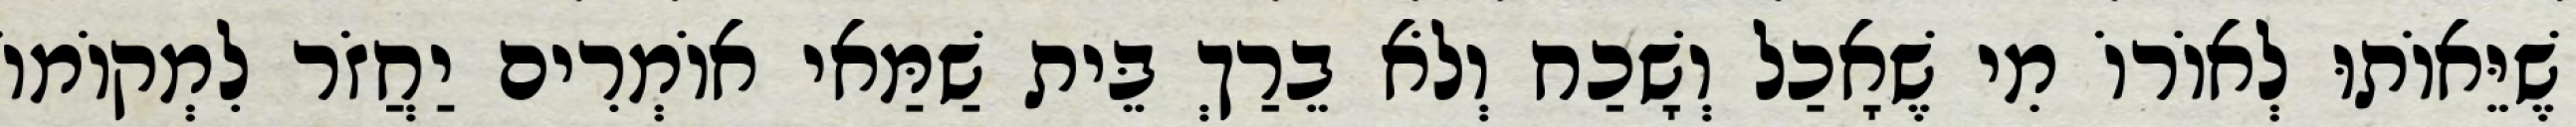
שֶׁיֵּאוֹתוּ לְאוֹרוֹ מִי שֶׁאָכַל וְשָׁכַח וְלֹא בֵרַךְ בֵּית שַׁמַּאי אוֹמְרִים יַחֲזֹר לִמְקוֹמוֹ